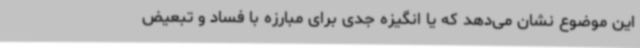
این موضوع نشان می‌دهد که یا انگیزه جدی برای مبارزه با فساد و تبعیض